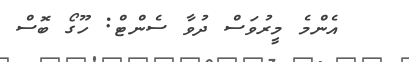
އެންމެ މީރުވަސް ދުވާ ސެންޓް: ހޫގޯ ބޮސް